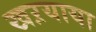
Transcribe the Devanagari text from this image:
खऱयाया